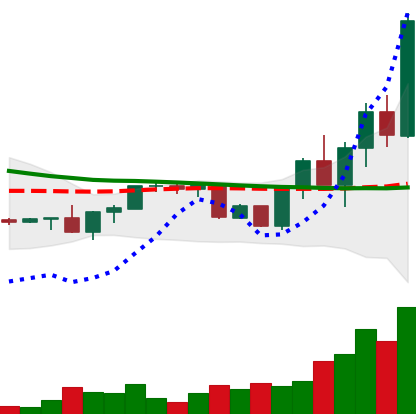
Ticker: XRP-USD
Chart end date: 2022-09-22
Forward return: -7.488%
Label: down_7plus